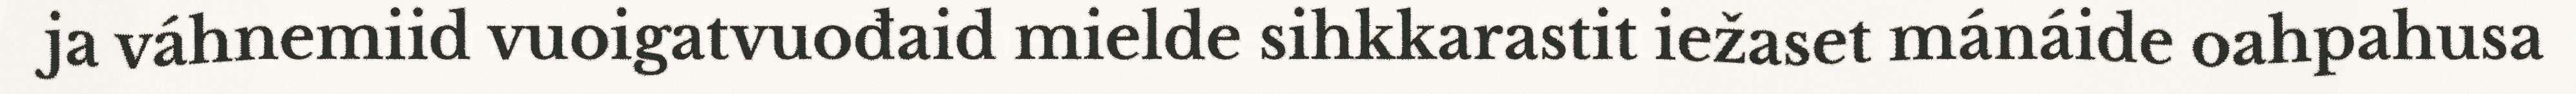
ja váhnemiid vuoigatvuođaid mielde sihkkarastit iežaset mánáide oahpahusa